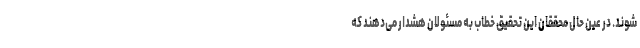
‌شوند. در عین حال محققان این تحقیق خطاب به مسئولان هشدار می‌دهند که